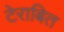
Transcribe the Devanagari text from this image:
टेराबित